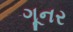
ગૂનર